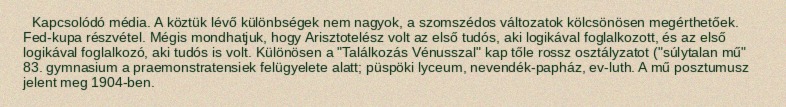
Kapcsolódó média. A köztük lévő különbségek nem nagyok, a szomszédos változatok kölcsönösen megérthetőek. Fed-kupa részvétel. Mégis mondhatjuk, hogy Arisztotelész volt az első tudós, aki logikával foglalkozott, és az első logikával foglalkozó, aki tudós is volt. Különösen a "Találkozás Vénusszal" kap tőle rossz osztályzatot ("súlytalan mű" 83. gymnasium a praemonstratensiek felügyelete alatt; püspöki lyceum, nevendék-papház, ev-luth. A mű posztumusz jelent meg 1904-ben.